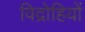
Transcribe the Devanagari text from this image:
विद्राेहियों